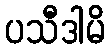
ပသီဒါမိ